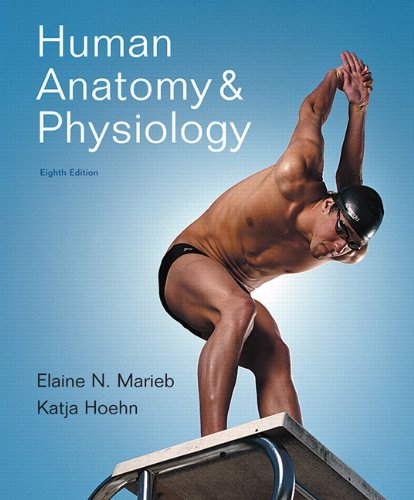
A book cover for Human Anatomy & Physiology, 8th Edition; Elaine N. Marieb; Medical Books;